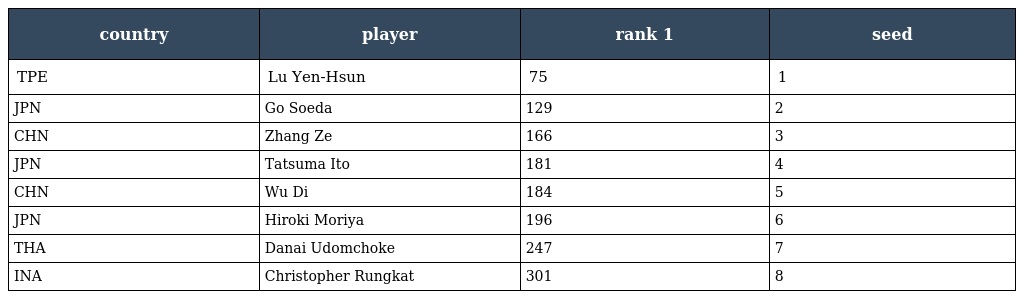
| country | player | rank 1 | seed |
 | --- | --- | --- | --- |
 | TPE | Lu Yen-Hsun | 75 | 1 |
 | JPN | Go Soeda | 129 | 2 |
 | CHN | Zhang Ze | 166 | 3 |
 | JPN | Tatsuma Ito | 181 | 4 |
 | CHN | Wu Di | 184 | 5 |
 | JPN | Hiroki Moriya | 196 | 6 |
 | THA | Danai Udomchoke | 247 | 7 |
 | INA | Christopher Rungkat | 301 | 8 |